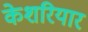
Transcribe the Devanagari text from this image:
केशरियार